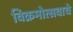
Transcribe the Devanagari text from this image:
विक्रमोत्सवाचे